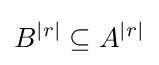
B^{|r|}\subseteq A^{|r|}